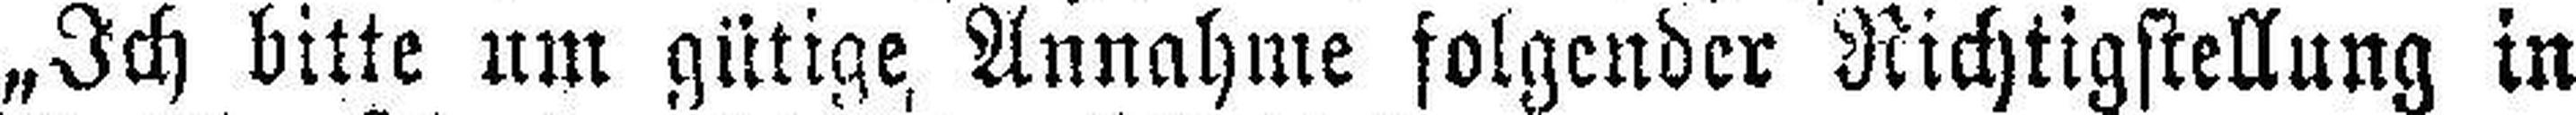
„Ich bitte um gütige, Annahme folgender Richtigstellung in